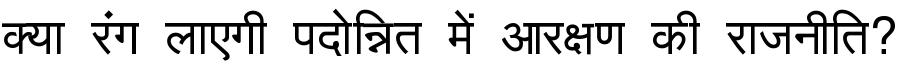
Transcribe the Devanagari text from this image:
क्या रंग लाएगी पदोन्नित में आरक्षण की राजनीति?